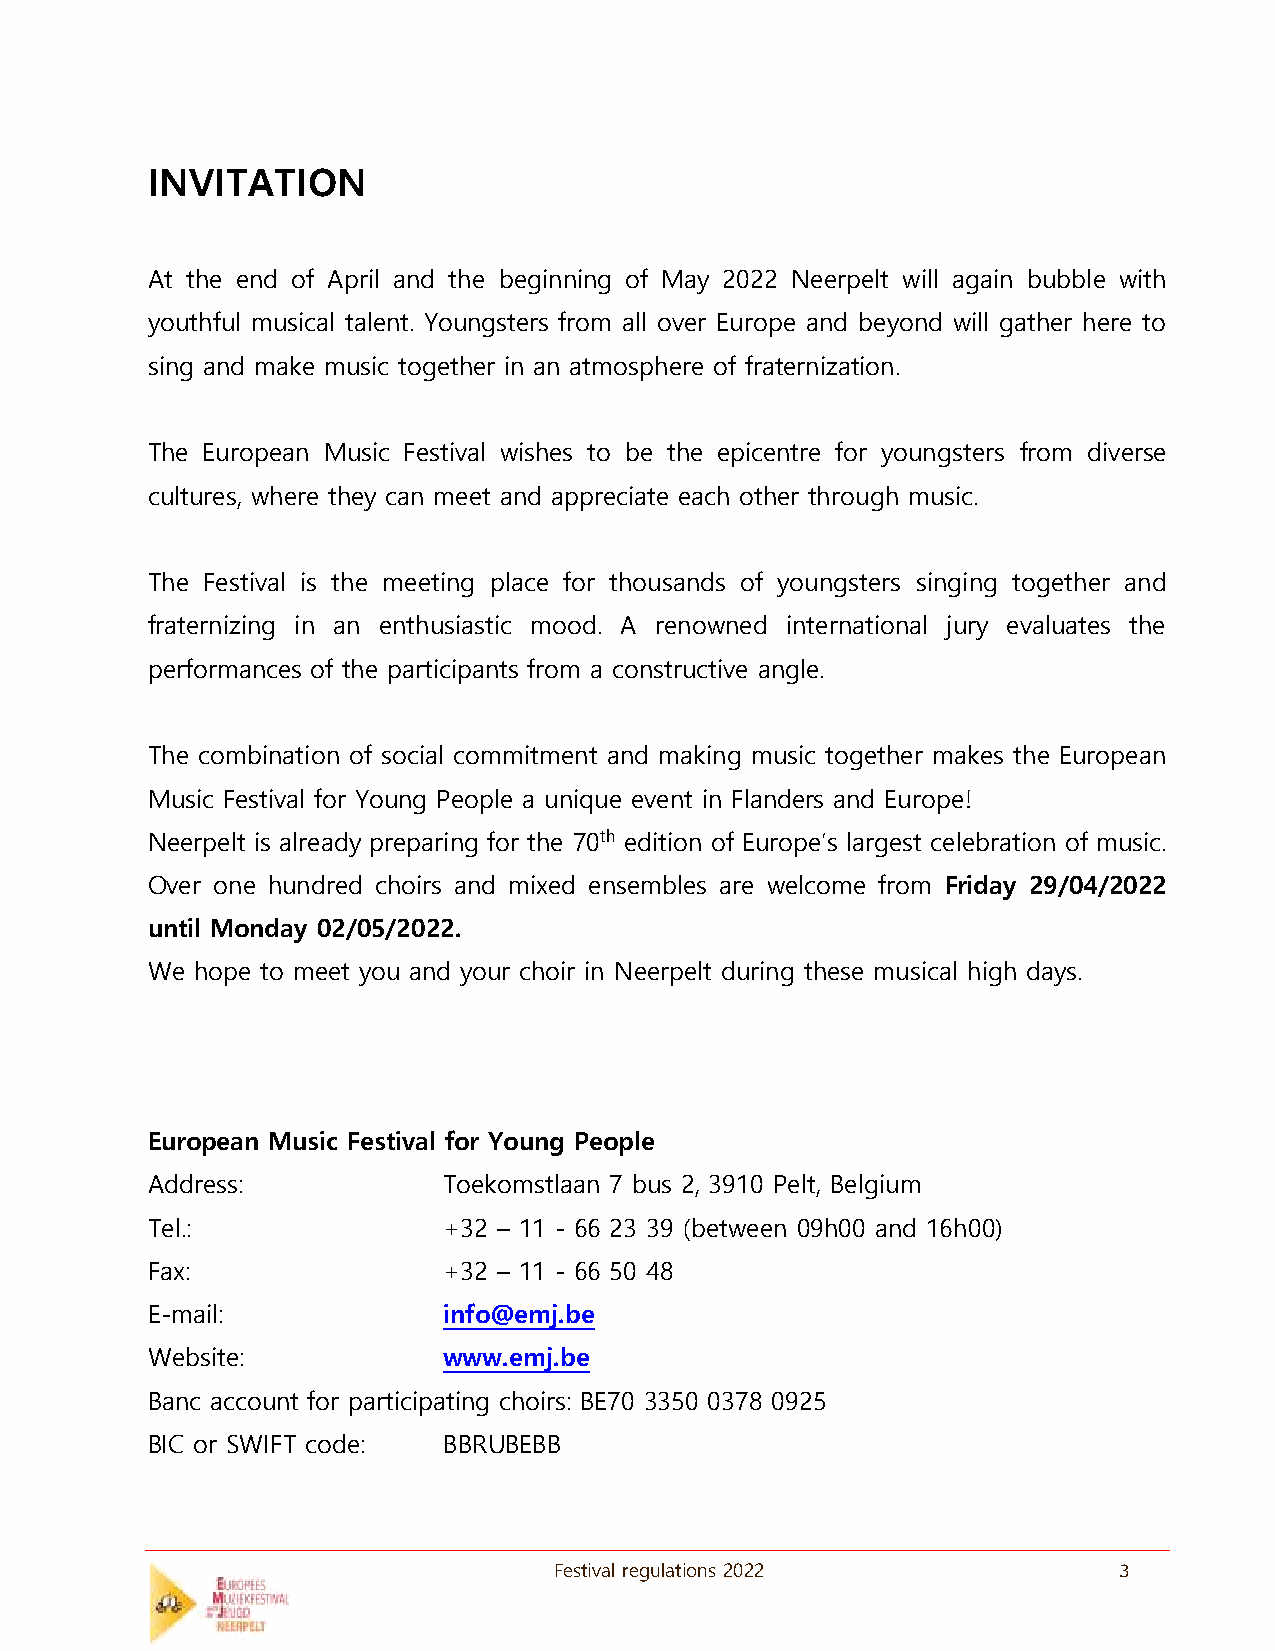
INVITATION
 At the end of April and the beginning of May 2022 Neerpelt will again bubble with
 youthful musical talent. Youngsters from all over Europe and beyond will gather here to
 sing and make music together in an atmosphere of fraternization.
 The European Music Festival wishes to be the epicentre for youngsters from diverse
 cultures, where they can meet and appreciate each other through music.
 The Festival is the meeting place for thousands of youngsters singing together and
 fraternizing in an enthusiastic mood. A renowned international jury evaluates the
 performances of the participants from a constructive angle.
 The combination of social commitment and making music together makes the European
 Music Festival for Young People a unique event in Flanders and Europe!
 Neerpelt is already preparing for the 70th edition of Europe’s largest celebration of music.
 Over one hundred choirs and mixed ensembles are welcome from Friday 29/04/2022
 until Monday 02/05/2022.
 We hope to meet you and your choir in Neerpelt during these musical high days.
 European Music Festival for Young People
 Address:           Toekomstlaan 7 bus 2, 3910 Pelt, Belgium
 Tel.:              +32 – 11 - 66 23 39 (between 09h00 and 16h00)
 Fax:               +32 – 11 - 66 50 48
 E-mail:            info@emj.be
 Website:           www.emj.be
 Banc account for participating choirs: BE70 3350 0378 0925
 BIC or SWIFT code: BBRUBEBB
 Festival regulations 2022            3